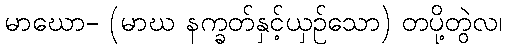
မာဃော- (မာဃ နက္ခတ်နှင့်ယှဉ်သော) တပို့တွဲလ၊